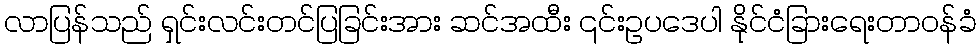
လာပြန်သည် ရှင်းလင်းတင်ပြခြင်းအား ဆင်အထီး ၎င်းဥပဒေပါ နိုင်ငံခြားရေးတာဝန်ခံ